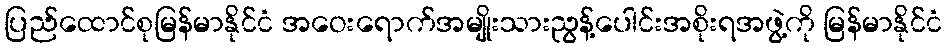
ပြည်ထောင်စုမြန်မာနိုင်ငံ အဝေးရောက်အမျိုးသားညွန့်ပေါင်းအစိုးရအဖွဲ့ကို မြန်မာနိုင်ငံ